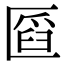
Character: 𠥒